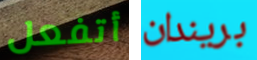
أتفعل بريندان